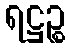
ရဋ္ဌဉ္စ